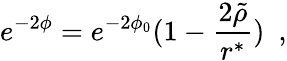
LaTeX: e^{-2\phi}=e^{-2\phi_{0}}(1-\frac{2\tilde{\rho}}{r^{\ast}})~~,